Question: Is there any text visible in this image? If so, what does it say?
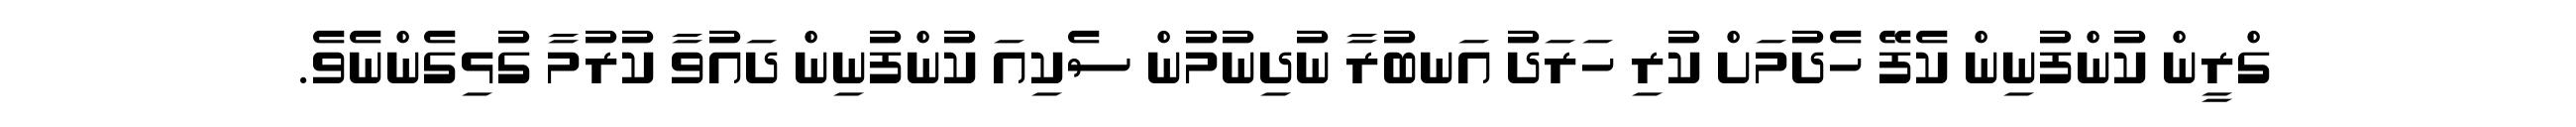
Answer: ގްރީން ކުންފުނިން ކެފޭ ހެދުމަށް ކުރި ހަރަދު އަނބުރާ ނުދިނުމުން ސެކިއަ ކުންފުނިން ދައުވާ ކުރުމާ ގުޅިގެންނެވެ.